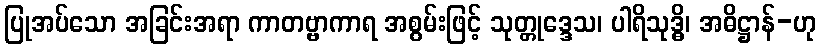
ပြုအပ်သော အခြင်းအရာ ကာတဗ္ဗာကာရ အစွမ်းဖြင့် သုတ္တုဒ္ဒေသ၊ ပါရိသုဒ္ဓိ၊ အဓိဋ္ဌာန်-ဟု